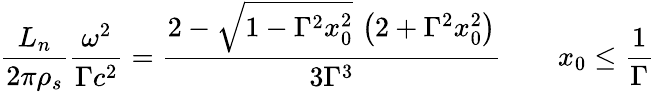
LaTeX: \frac{L_{n}}{2\pi\rho_{s}}\frac{\omega^{2}}{\Gamma c^{2}}=\frac{2-\sqrt{1-\Gamma^{2}x_{0}^{2}}\, \left(2+\Gamma^{2}x_{0}^{2}\right)}{3\Gamma^{3}}\qquad x_{0}\leq\frac 1\Gamma